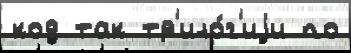
код так тр'ило́г'иjи по